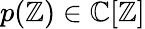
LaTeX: p(\mathbb{Z})\in\mathbb{{C}}[\mathbb{Z}]